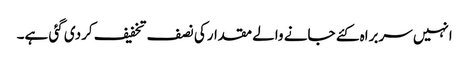
انہیں سربراہ کئے جانے والے مقدارکی نصف تخفیف کردی گئی ہے۔